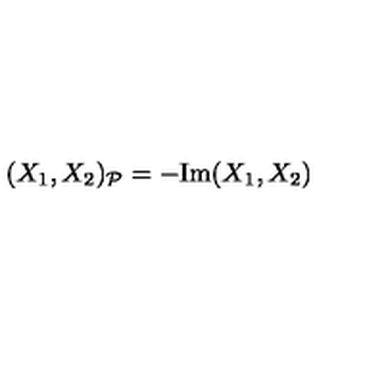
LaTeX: ( X _ { 1 } , X _ { 2 } ) _ { \mathcal { P } } = - \mathrm { I m } ( X _ { 1 } , X _ { 2 } )